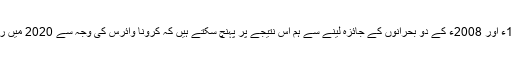
انہوں نے مزید کہا کہ بہت بڑے معاشی بحرانوں بشمول 1929ء اور 2008ء کے دو بحرانوں کے جائزہ لینے سے ہم اس نتیجے پر پہنچ سکتے ہیں کہ کرونا وائرس کی وجہ سے 2020 میں رونما ہونے مالی بحران، عالمی طاقتوں کی تبدیلی کا باعث ہوگا۔